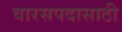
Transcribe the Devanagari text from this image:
वारसपदासाठी